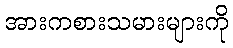
အားကစားသမားများကို